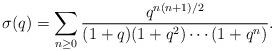
LaTeX: \begin{align*}\sigma(q)=\sum_{n\ge0}\frac{q^{n(n+1)/2}}{(1+q)(1+q^2)\cdots(1+q^n)}.\end{align*}